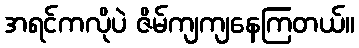
အရင်ကလိုပဲ ဇိမ်ကျကျနေကြတယ်။